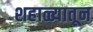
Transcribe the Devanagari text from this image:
शहाळ्यातून